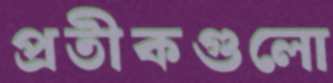
প্রতীকগুলো